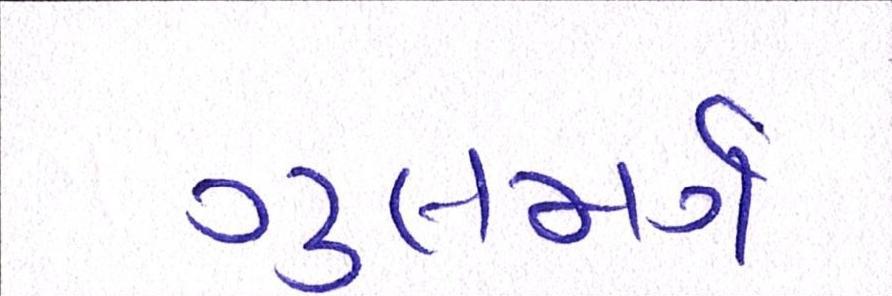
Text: ગુલમર્ગ